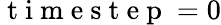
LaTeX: \mathrm{~t~i~m~e~s~t~e~p~}=0